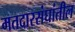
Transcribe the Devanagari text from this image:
मतदारसंघांतील